Source: Handwritten
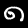
Digit: ၈ (8)